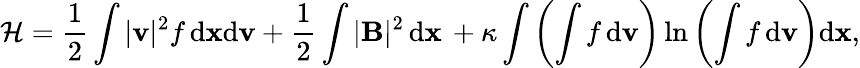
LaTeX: \mathcal{H}=\frac{1}{2}\int|{\mathbf v}|^{2}f\, \textnormal{d}{\mathbf{x}}\textnormal{d}{\mathbf v}+\frac{1}{2}\int|{\mathbf{B}}|^{2}\, \textnormal{d}{\mathbf{x}}\, +\kappa\int\left(\int f\, \textnormal d\mathbf{v}\right)\ln\left(\int f\, \textnormal d\mathbf{v}\right)\textnormal{d}{\mathbf{x}},